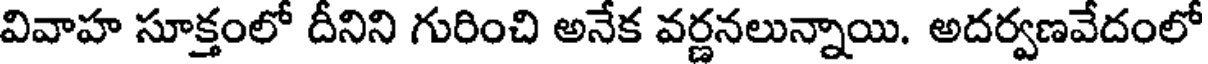
వివాహ సూక్తంలో దీనిని గురించి అనేక వర్ణనలున్నాయి. అదర్వణవేదంలో